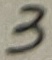
Text: 3